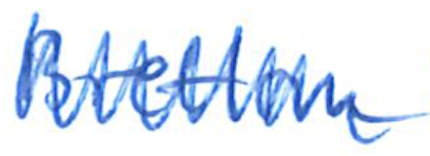
Text: Bretton
Cross-out: zig-zag
Writing tool: ballpoint